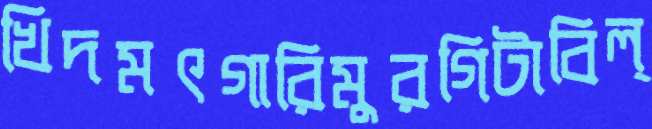
খিদমৎগারিমুরগিটাবিল্